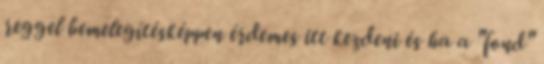
reggel bemelegítésképpen érdemes itt kezdeni és ha a "fond"